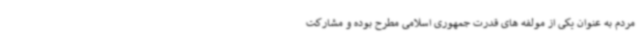
مردم به عنوان یکی از مولفه های قدرت جمهوری اسلامی مطرح بوده و مشارکت